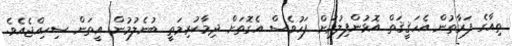
ތިއާގެ ފަރާތުން އެހަޤީޤަތް އޮޅުންފިލުމަށް ފަހުވެސް އެގޮތަށް ދިމާކުރިމަތީ ބުނެލުމުން އީތަން ސިހިއްޖެއެވެ.